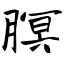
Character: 瞑